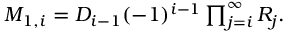
\begin{array} { r } { M _ { 1 , i } = D _ { i - 1 } ( - 1 ) ^ { i - 1 } \prod _ { j = i } ^ { \infty } R _ { j } . } \end{array}